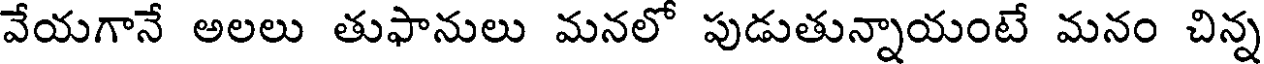
వేయగానే అలలు తుఫానులు మనలో పుడుతున్నాయంటే మనం చిన్న